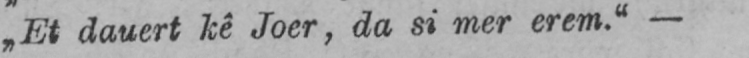
„Et dauert kê Joer, da si mer erem.“ -